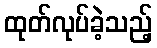
ထုတ်လုပ်ခဲ့သည့်